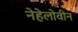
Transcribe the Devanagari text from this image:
नेहेलोवीन